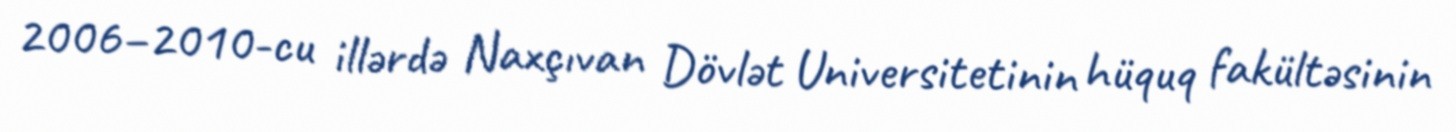
2006–2010-cu illərdə Naxçıvan Dövlət Universitetinin hüquq fakültəsinin